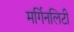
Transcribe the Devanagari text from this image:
मर्गिनलिटी